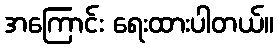
အကြောင်း ရေးထားပါတယ်။